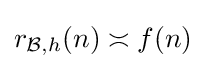
r_{{\mathcal {B}},h}(n)\asymp f(n)